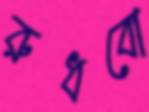
রুধবো